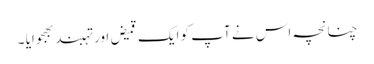
چنانچہ اس نے آپ کو ایک قمیض اور تہبند بھجوایا ۔